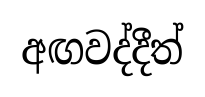
අඟවද්දීත්